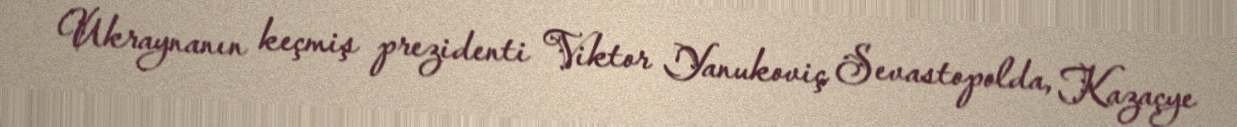
Ukraynanın keçmiş prezidenti Viktor Yanukoviç Sevastopolda, Kazaçye